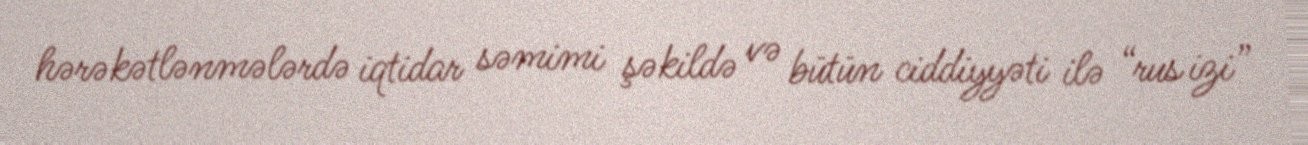
hərəkətlənmələrdə iqtidar səmimi şəkildə və bütün ciddiyyəti ilə “rus izi”